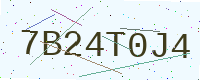
Text: 7B24T0J4